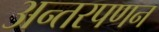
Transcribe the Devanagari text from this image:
अन्तरपणन